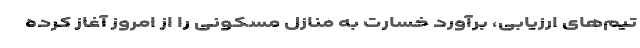
تیم‌های ارزیابی، برآورد خسارت به منازل مسکونی را از امروز آغاز کرده‌